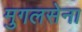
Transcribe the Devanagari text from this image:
मुगलसेना